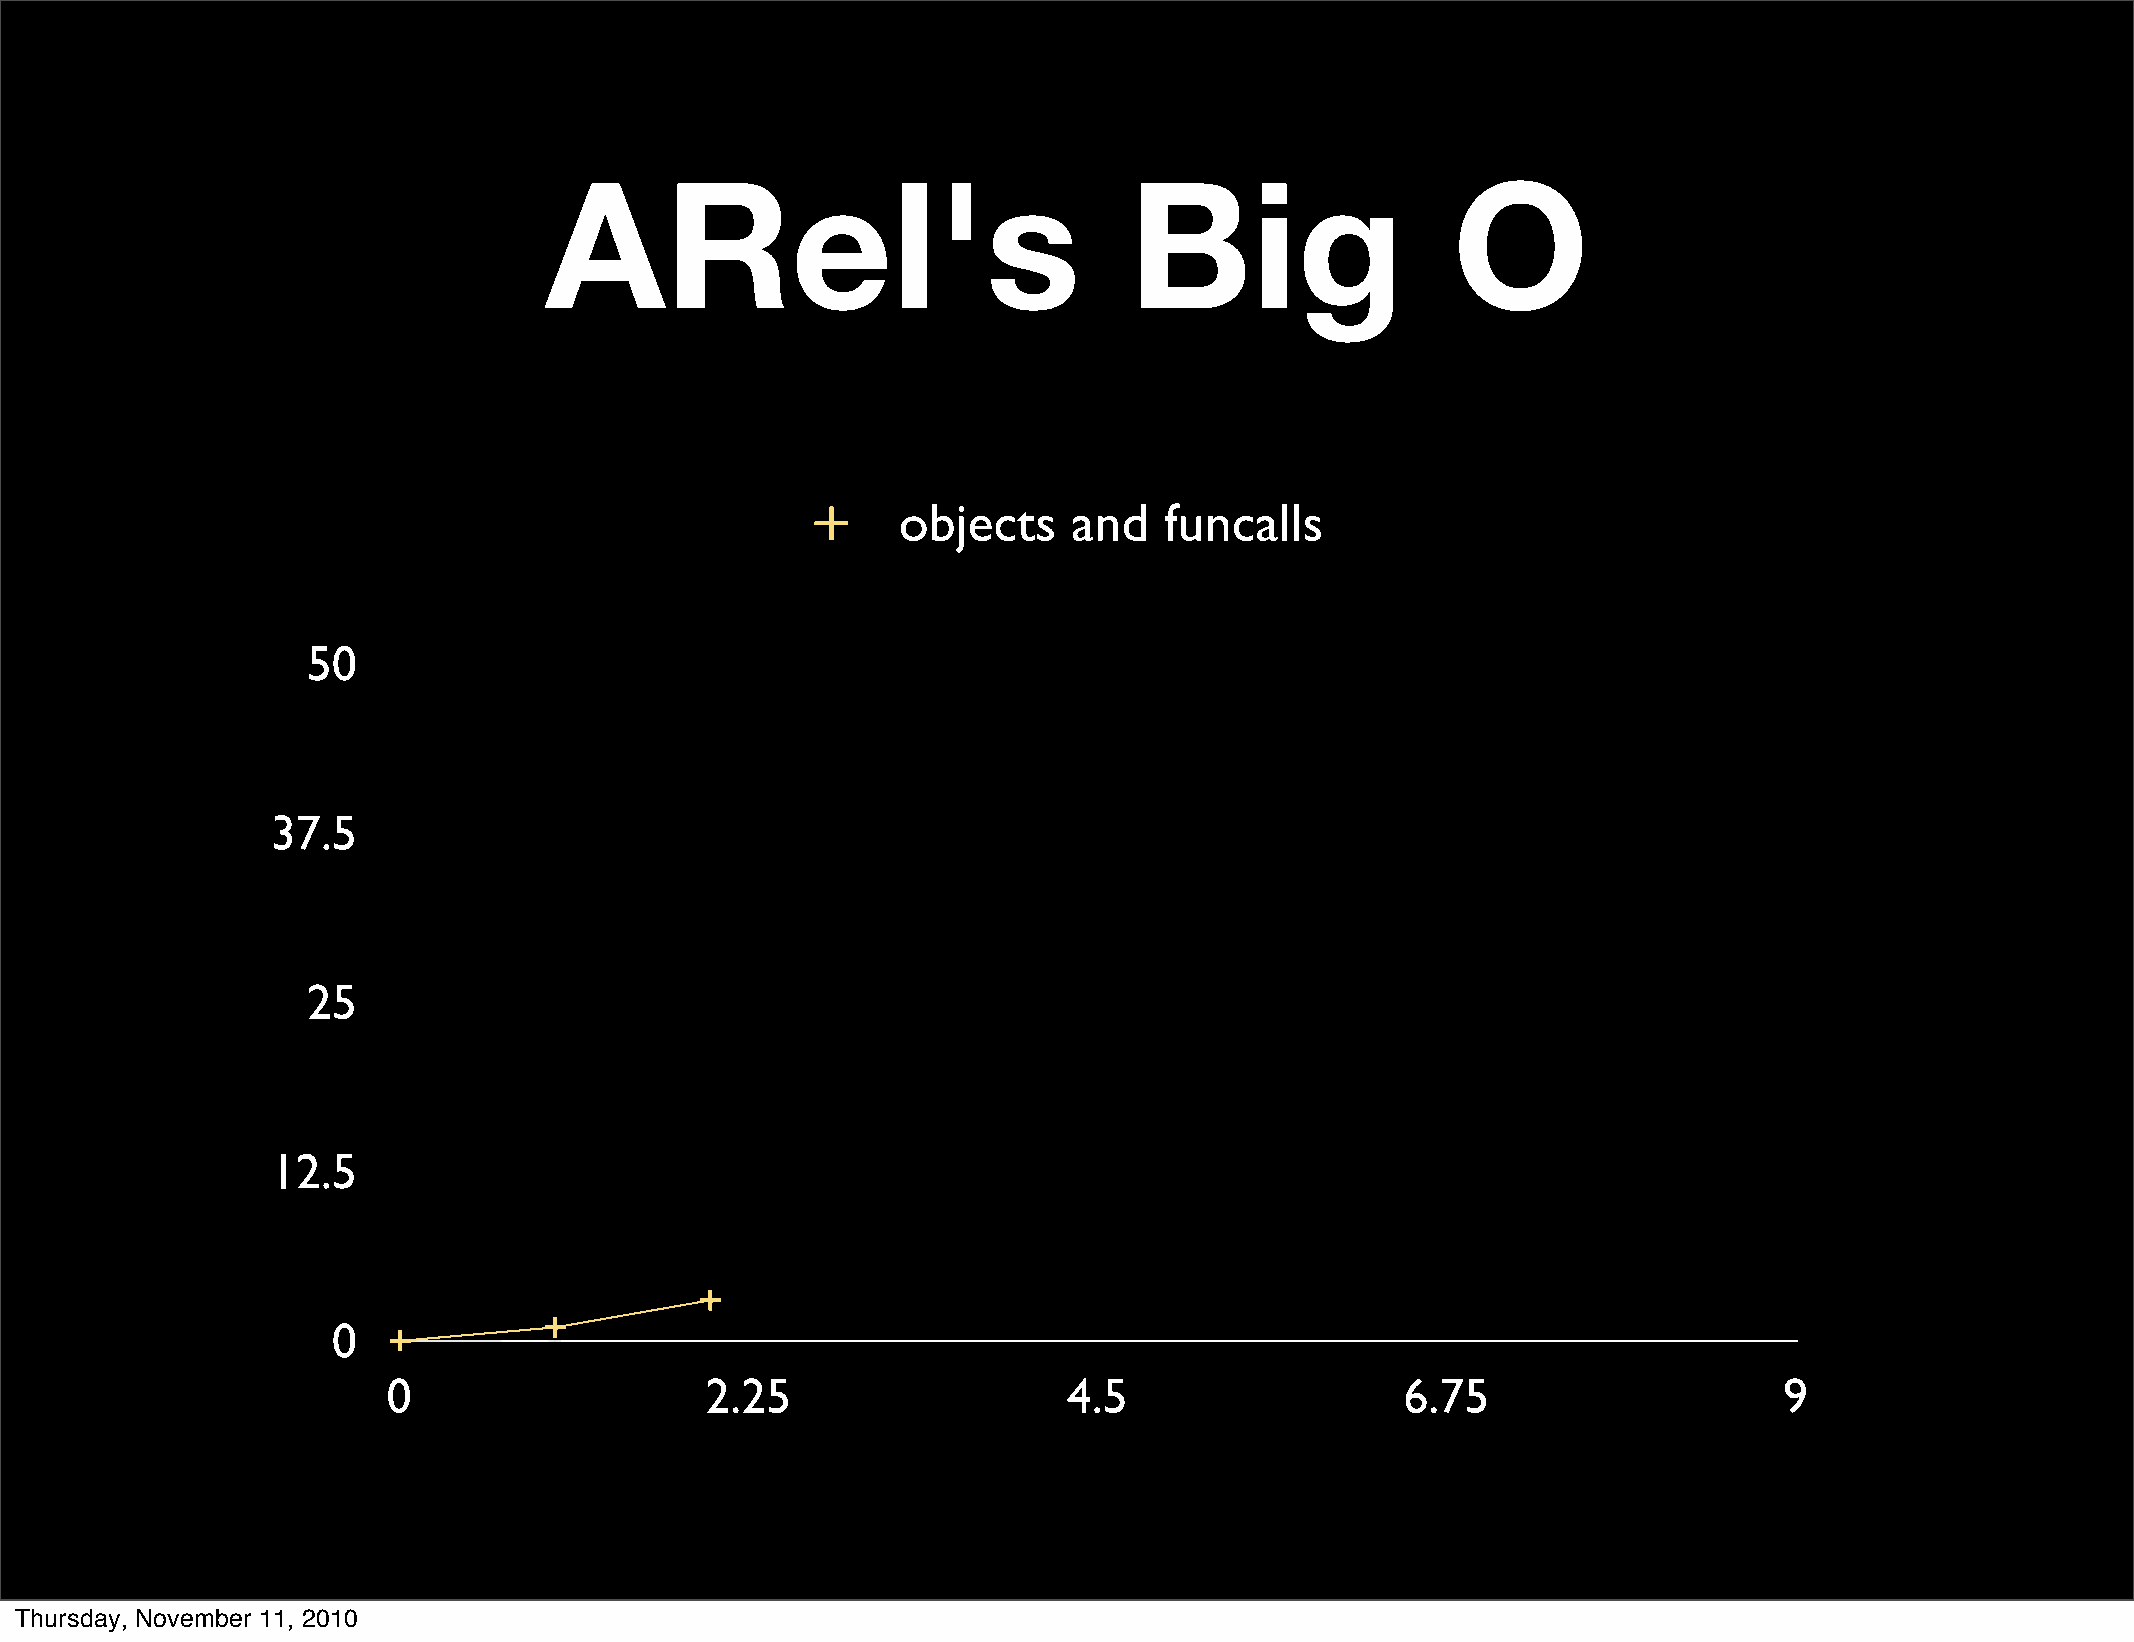
ARel's                                 Big                  O
 objects     and   funcalls
 50
 37.5
 25
 12.5
 0
 0                    2.25                    4.5                   6.75                     9
 Thursday, November 11, 2010